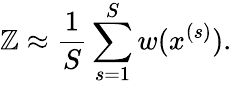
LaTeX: \mathbb{Z}\approx\frac{{1}}{{S}}\sum_{s=1}^{S}w(x^{(s)}).